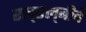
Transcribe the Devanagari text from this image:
एल्‌एल्‌बीचे